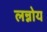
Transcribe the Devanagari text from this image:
लन्नोय